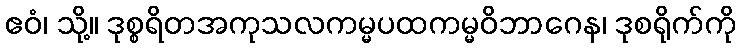
ဧဝံ၊ သို့။ ဒုစ္စရိတအကုသလကမ္မပထကမ္မဝိဘာဂေန၊ ဒုစရိုက်ကို